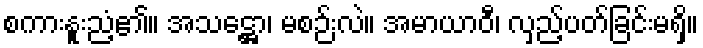
စကားနူးညံ့၏။ အသဋ္ဌော၊ မစဉ်းလဲ။ အမာယာဝီ၊ လှည့်ပတ်ခြင်းမရှိ။